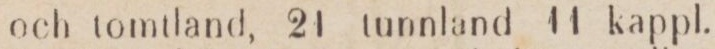
och tomtland, 21 tunnland 11 kappl.